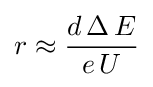
r\approx {\frac {d\,\Delta \,E}{e\,U}}